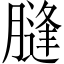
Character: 膖